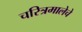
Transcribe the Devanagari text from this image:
चरित्रमालेचे